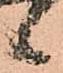
候